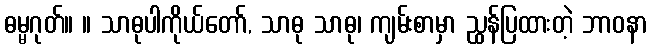
ဓမ္မဂုတ်။ ။ သာဓုပါကိုယ်တော်, သာဓု သာဓု၊ ကျမ်းစာမှာ ညွှန်ပြထားတဲ့ ဘာဝနာ